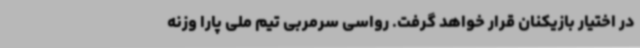
در اختیار بازیکنان قرار خواهد گرفت. رواسی سرمربی تیم ملی پارا وزنه